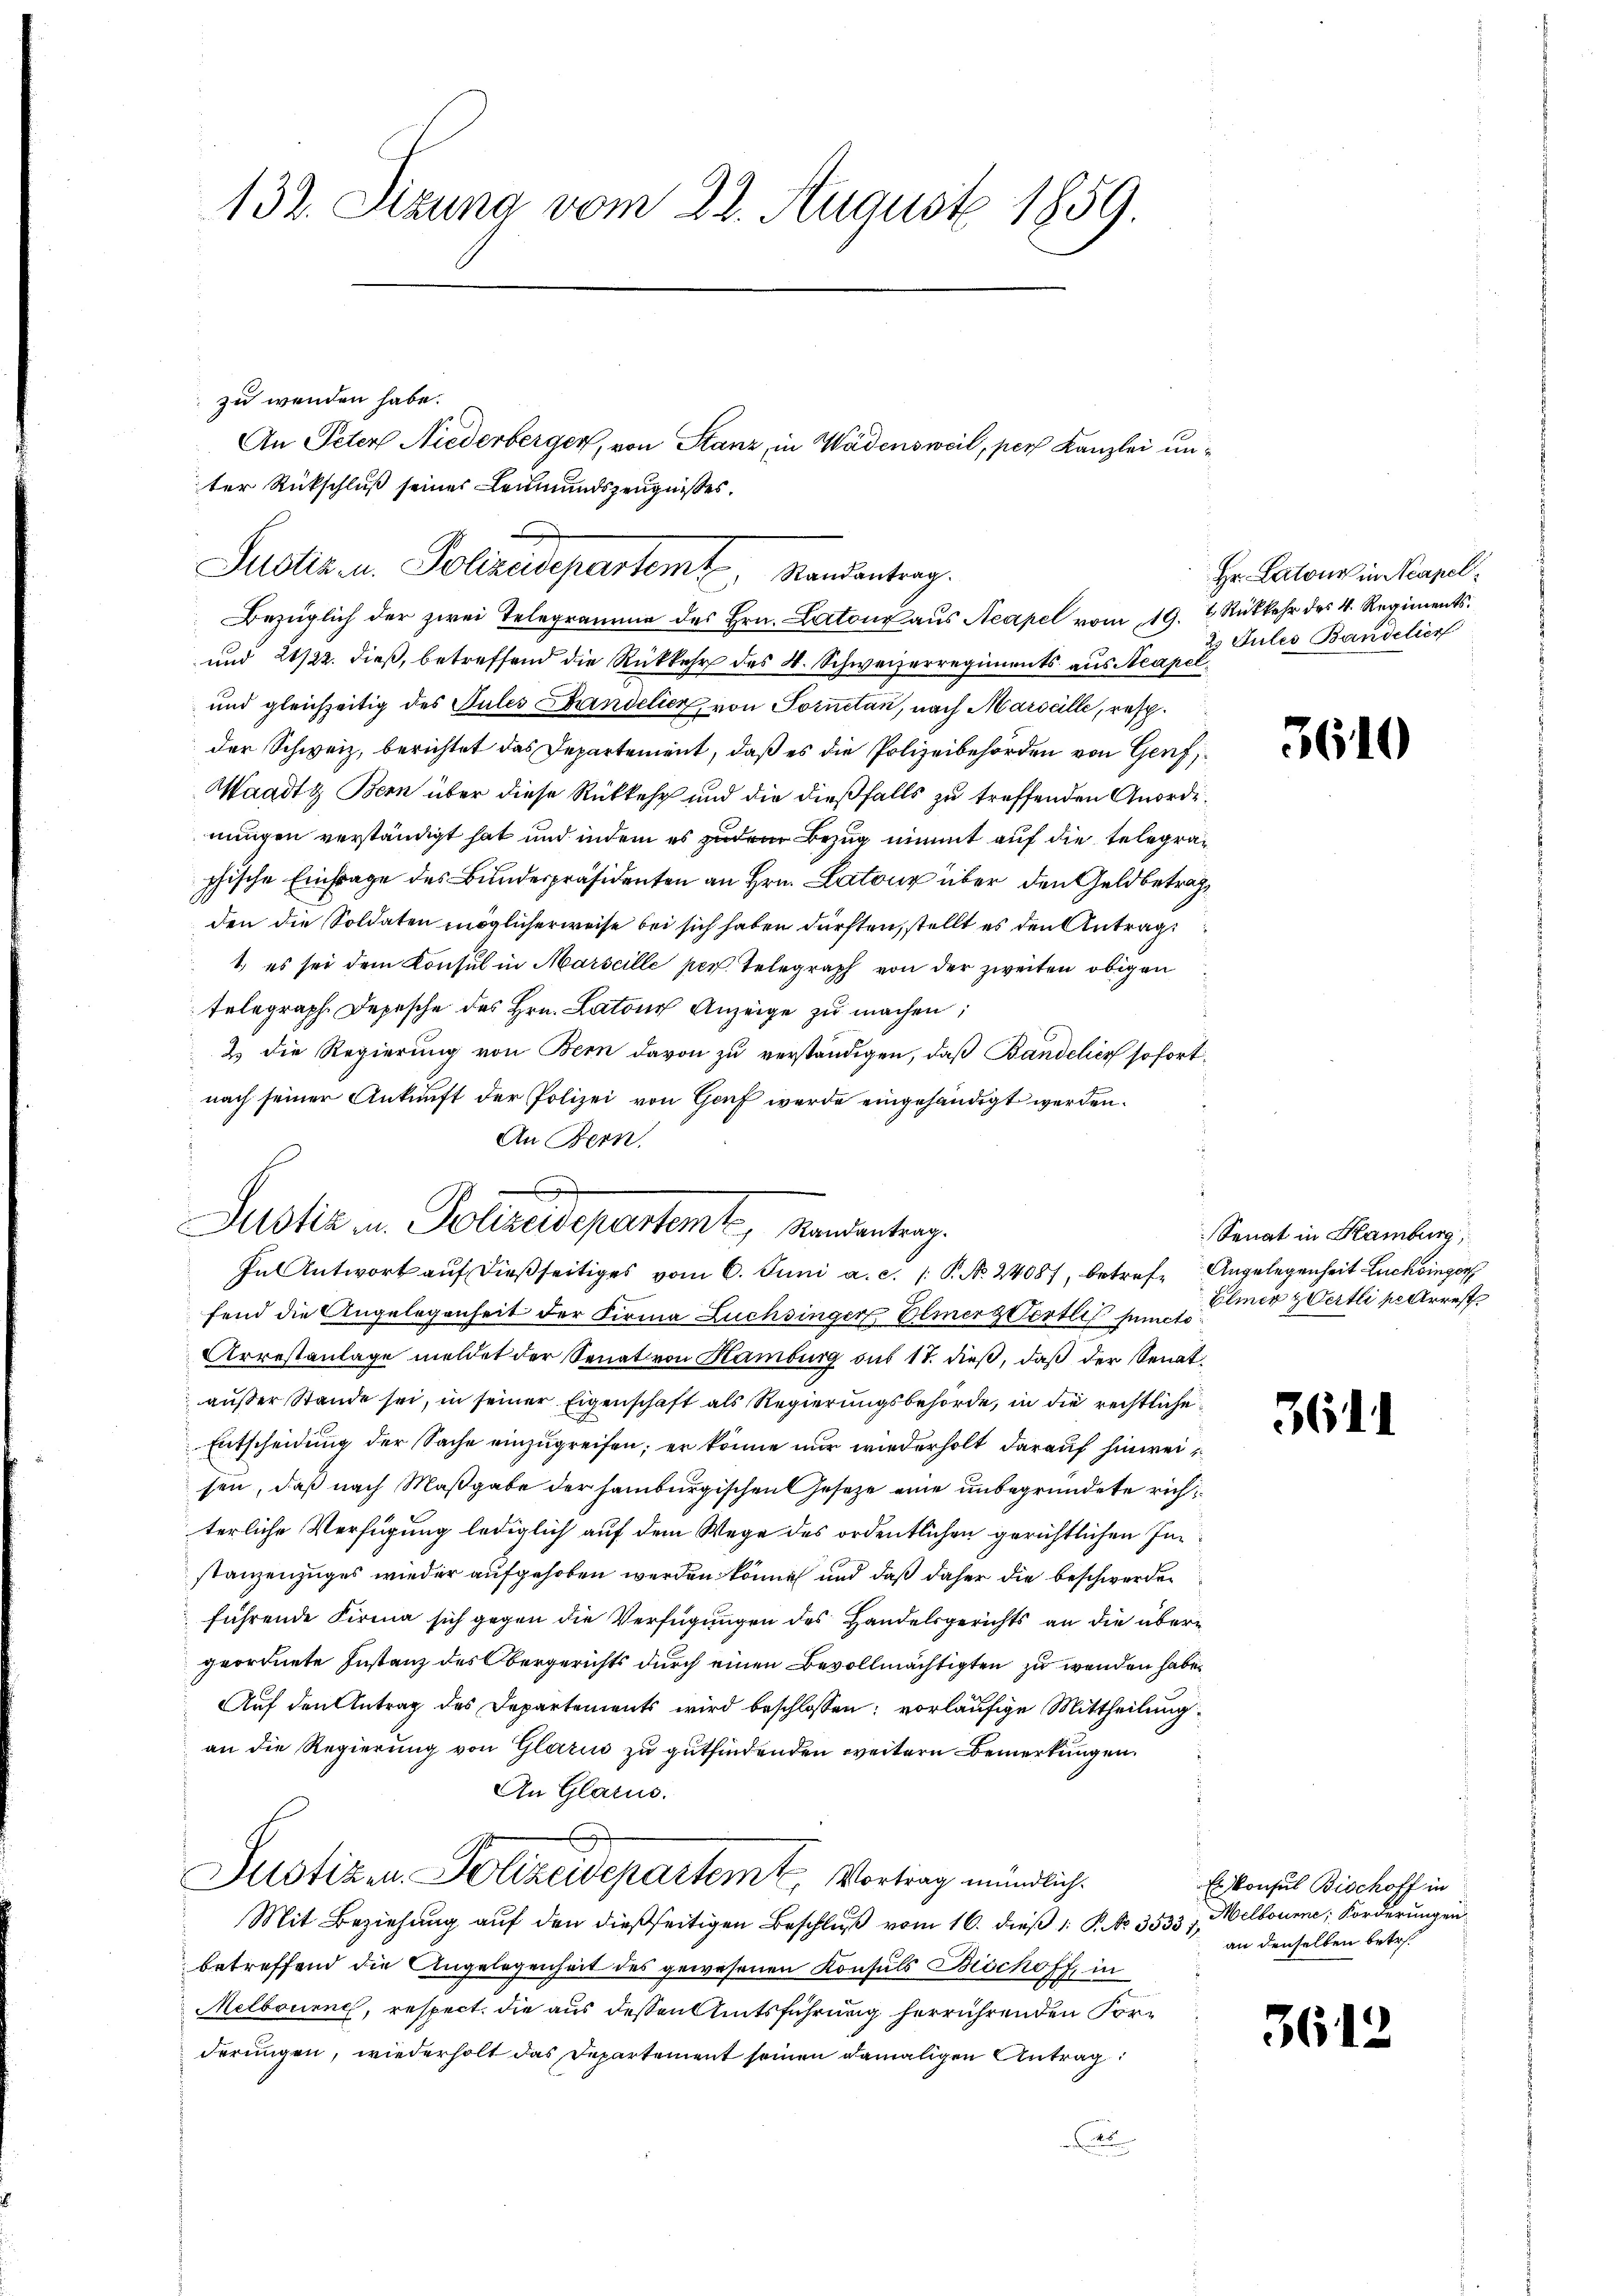
132. Sizung vom 22. August 1859.

zu wenden habe.
ter Rückschluß seiner Leumundszeugnisses.
und 21/22. dieß, betreffend die Rückkehr des 4. Schweizerregiments aus Acapel¬
und gleichzeitig des Pules Bandelier, von Sornetan, nach Marselle, resp.
der Schweiz, berichtet das Departement, daß es die Polizeibehörden von Genf,
Waadt Bern über diese Rückkehr und die dießfalls zu treffenden Anordenungen verständigt hat und indem es zudem Bezug nimmt auf die telegraphische Einfrage des Bundespräsidenten an Hrn. Latone über den Geldbetragden die Soldaten möglicherweise bei sich haben dürften, stellt es den Antrag
1, es sei dem Konsul in Marseille per. Telegraph von der zweiten obigen
telegraph Depesche des Hrn. Latone Anzeige zu machen;
2 die Regierung von Bern davon zu verständigen, daß Bandelies sofortnach seiner Ankunft der Polizei von Genf werde eingehändigt werden.
An Bern,
fend die Angelegenheit der Firma Züchsinger Bemer zertlif puncto
Arrestanlage meldet der Senat von Hamburg aus 17. dieß, daß der Senat,
außer Stande sei, in seiner Eigenschaft als Regierungsbehörde, in die rechtliche
Entscheidung der Sache einzugreifen; er könne nur wiederholt darauf hinweisen, daß nach Maßgabe der Hamburgischen Gesetze eine unbegründete richterliche Verfügung lediglich auf dem Wege des ordentlichen gerichtlichen Instanzenzuges wieder aufgehoben werden könne, und daß daher die beschwerden
führende Firma sich gegen die Verfügungen des Handelsgerichts an die übergeordnete Instanz des Obergerichts durch einen Bevollmächtigten zu wenden habe.
Auf den Antrag des Departements wird beschlossen; vorläufige Mittheilung
an die Regierung von Glarus zu gutfindenden weitern Bemerkungen.
An Glarus.
Justizen Polizeidepartem Vortrag mündlich.
Mit Beziehung auf den dießseitigen Beschluß vom 16. dieß P. Nr. 3533 f. Melbourne, Forderungen
betreffend die Angelegenheit des gewesenen Konsuls Bischoff, in
Melbouene, respect, die aus dessen Amtsführung herrührenden Forderungen, wiederholt das Departement seinen damaligen Antrag
.

g
Justiz u. Polizeidepartem Randantrag.
In Antwort auf dießseitiges vom 6. Juni a. c. 1 P. N. 24087, betref Angelegenheit Luchinger

An Peter Niederberger, von Stanz, in Wädensweil, pers Kanzlei un¬

Sudler u. Polizisepartemt, Mandentrag.
Bezüglich der zwei Telegramme des Hrn. Latoŭr aŭs Neapel vom 19. 2. Rükkehr des 4. Regiments

Hr. Latone in Neapel¬
2. Julis Bandelior

3640

Senat in Hamburg,
Elmer & Wertli pr Arrest

36

Es konsul Bischoff in
an denselben betr.

3612